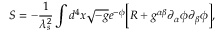
S = - \frac { 1 } { \lambda _ { s } ^ { 2 } } \int d ^ { 4 } x \sqrt { - g } e ^ { - \phi } \biggl [ R + g ^ { \alpha \beta } \partial _ { \alpha } \phi \partial _ { \beta } \phi \biggr ] ,